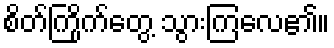
စိတ်ကြိုက်တွေ့ သွားကြလေ၏။